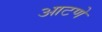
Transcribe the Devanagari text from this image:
आटणे